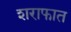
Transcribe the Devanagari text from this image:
शराफात